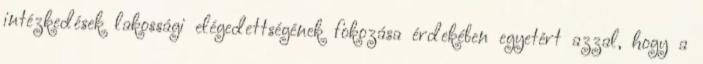
intézkedések lakossági elégedettségének fokozása érdekében egyetért azzal, hogy a